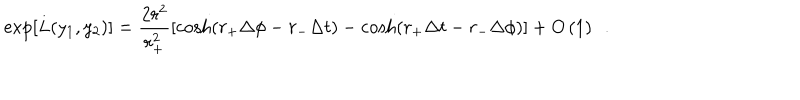
\exp \left[ L ( y _ { 1 } , y _ { 2 } ) \right] = \frac { 2 r ^ { 2 } } { r _ { + } ^ { 2 } } \left[ \cosh ( r _ { + } \Delta \phi - r _ { - } \Delta t ) - \cosh ( r _ { + } \Delta t - r _ { - } \Delta \phi ) \right] + O \left( 1 \right) \ \ .